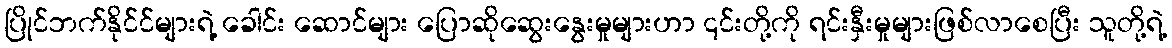
ပြိုင်ဘက်နိုင်င်များရဲ့ ခေါင်း ဆောင်များ ပြောဆိုဆွေးနွေးမှုများဟာ ၎င်းတို့ကို ရင်းနှီးမှုများဖြစ်လာစေပြီး သူတို့ရဲ့